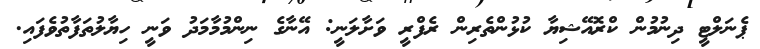
ޕެނަލްޓީ ދިނުމުން ކްރޮއޭޝިޔާ ކުޅުންތެރިން ރެފްރީ ވަށާލަނީ: އޭނާގެ ނިންމުމާމަދު ވަނީ ހިޔާލުތަފާތުވެފައި.